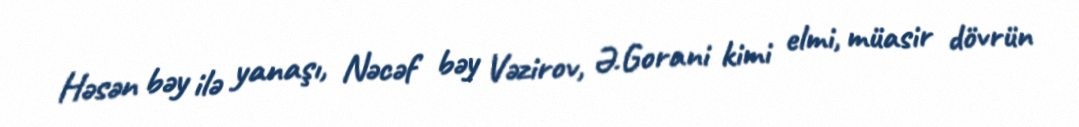
Həsən bəy ilə yanaşı, Nəcəf bəy Vəzirov, Ə.Gorani kimi elmi, müasir dövrün